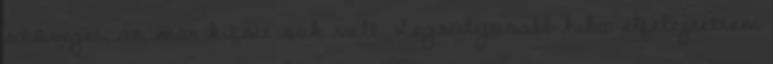
szöveget, az már kicsit sok volt. Legsúlyosabb hiba: elfelejtettem